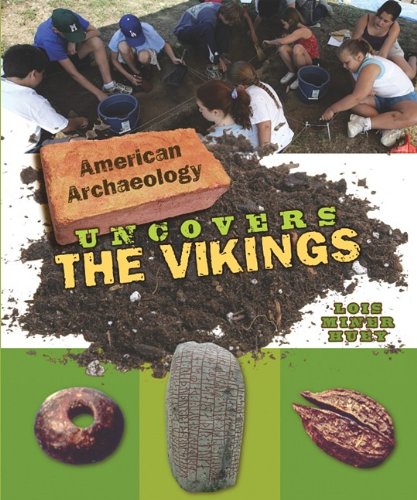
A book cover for American Archaeology Uncovers the Vikings; Lois Miner Huey; Children's Books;